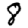
Digit: 8